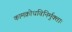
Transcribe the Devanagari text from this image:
कामक्रोधविनिर्मुक्ताः